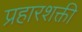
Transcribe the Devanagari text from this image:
प्रहारशक्ती